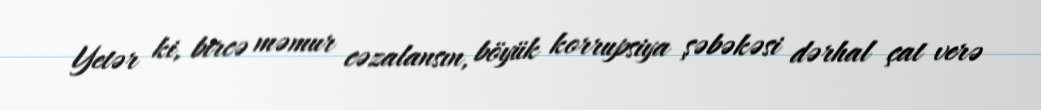
Yetər ki, bircə məmur cəzalansın, böyük korrupsiya şəbəkəsi dərhal çat verə